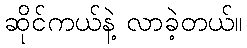
ဆိုင်ကယ်နဲ့ လာခဲ့တယ်။